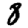
Digit: 8